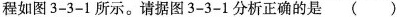
程如图3-3-1所示。请据图3-3-1分析正确的是 ()